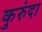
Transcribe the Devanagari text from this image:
कुरुंदा